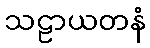
သဠာယတနံ